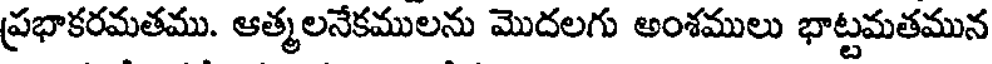
ప్రభాకరమతము. ఆత్మలనేకములను మొదలగు అంశములు భాట్టమతమున